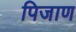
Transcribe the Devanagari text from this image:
पिजाण